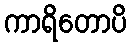
ကာရိတောပိ